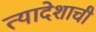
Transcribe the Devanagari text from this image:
त्यादेशाची